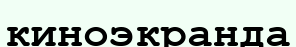
киноэкранда